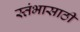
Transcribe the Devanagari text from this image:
स्तंभासाठी